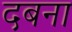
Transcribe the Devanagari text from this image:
दबना